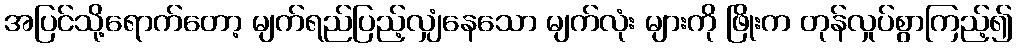
အပြင်သို့ရောက်တော့ မျက်ရည်ပြည့်လျှံနေသော မျက်လုံး များကို ဖြိုးက တုန်လှုပ်စွာကြည့်၍